Civil Veterinary Department. United Provinces 1912-22 - 1912-1922
Year: 1912
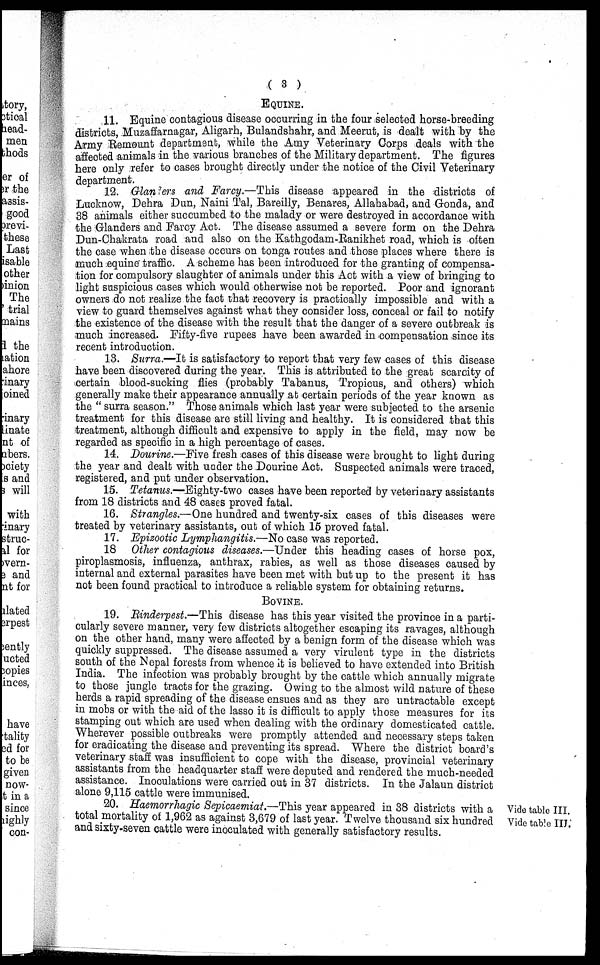
( 3 )
EQUINE.
11. Equine contagious disease occurring in the four selected horse-breeding
districts, Muzaffarnagar, Aligarh, Bulandshahr, and Meerut, is dealt with by the
Army Remount department, while the Amy Veterinary Corps deals with the
affected animals in the various branches of the Military department. The figures
here only refer to cases brought directly under the notice of the Civil Veterinary
department.
12. Glanders and Farcy.—This disease appeared in the districts of
Lucknow, Dehra Dun, Naini Tal, Bareilly, Benares, Allahabad, and Gonda, and
38 animals either succumbed to the malady or were destroyed in accordance with
the Glanders and Farcy Act. The disease assumed a severe form on the Dehra
Dun-Chakrata road and also on the Kathgodam-Ranikhet road, which is often
the case when the disease occurs on tonga routes and those places where there is
much equine traffic. A scheme has been introduced for the granting of compensa-
tion for compulsory slaughter of animals under this Act with a view of bringing to
light suspicious cases which would otherwise not be reported. Poor and ignorant
owners do not realize the fact that recovery is practically impossible and with a
view to guard themselves against what they consider loss, conceal or fail to notify
the existence of the disease with the result that the danger of a severe outbreak is
much increased. Fifty-five rupees have been awarded in compensation since its
recent introduction.
13. Surra.—It is satisfactory to report that very few cases of this disease
have been discovered during the year. This is attributed to the great scarcity of
certain blood-sucking flies (probably Tabanus, Tropicus, and others) which
generally make their appearance annually at certain periods of the year known as
the " surra season." Those animals which last year were subjected to the arsenic
treatment for this disease are still living and healthy. It is considered that this
treatment, although difficult and expensive to apply in the field, may now be
regarded as specific in a high percentage of cases.
14. Dourine.—Five fresh cases of this disease were brought to light during
the year and dealt with under the Dourine Act. Suspected animals were traced,
registered, and put under observation.
15. Tetanus.—Eighty-two cases have been reported by veterinary assistants
from 18 districts and 48 cases proved fatal.
16. Strangles.—One hundred and twenty-six cases of this diseases were
treated by veterinary assistants, out of which 15 proved fatal.
17. Epizootic Lymphangitis.—No case was reported.
18 Other contagious diseases.—Under this heading cases of horse pox,
piroplasmosis, influenza, anthrax, rabies, as well as those diseases caused by
internal and external parasites have been met with but up to the present it has
not been found practical to introduce a reliable system for obtaining returns.
BOVINE.
19. Rinderpest.—This disease has this year visited the province in a parti-
cularly severe manner, very few districts altogether escaping its ravages, although
on the other hand, many were affected by a benign form of the disease which was
quickly suppressed. The disease assumed a very virulent type in the districts
south of the Nepal forests from whence it is believed to have extended into British
India. The infection was probably brought by the cattle which annually migrate
to those jungle tracts for the grazing. Owing to the almost wild nature of these
herds a rapid spreading of the disease ensues and as they are untractable except
in mobs or with the aid of the lasso it is difficult to apply those measures for its
stamping out which are used when dealing with the ordinary domesticated cattle.
Wherever possible outbreaks were promptly attended and necessary steps taken
for eradicating the disease and preventing its spread. Where the district board's
veterinary staff was insufficient to cope with the disease, provincial veterinary
assistants from the headquarter staff were deputed and rendered the much-needed
assistance. Inoculations were carried out in 37 districts. In the Jalaun district
alone 9,115 cattle were immunised.
Vide table III.
Vide table III.
20. Haemorrhagic Sepicaemiat.—This year appeared in 38 districts with a
total mortality of 1,962 as against 3,679 of last year. Twelve thousand six hundred
and sixty-seven cattle were inoculated with generally satisfactory results.